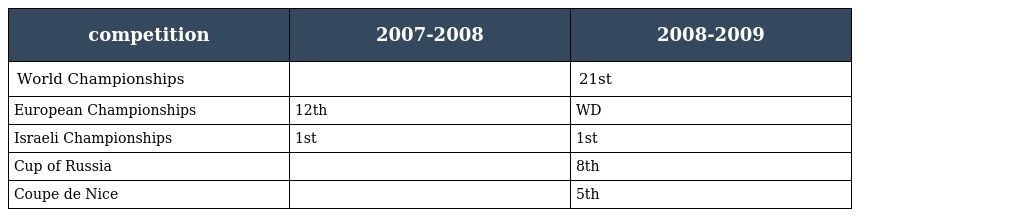
| competition | 2007-2008 | 2008-2009 |
 | --- | --- | --- |
 | World Championships |  | 21st |
 | European Championships | 12th | WD |
 | Israeli Championships | 1st | 1st |
 | Cup of Russia |  | 8th |
 | Coupe de Nice |  | 5th |